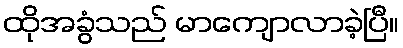
ထိုအခွံသည် မာကျောလာခဲ့ပြီ။